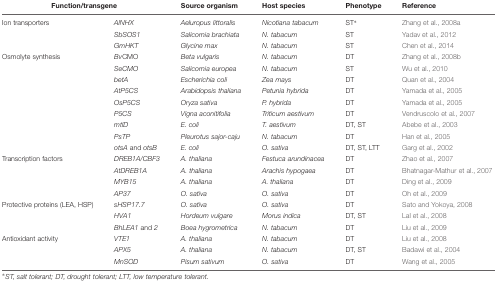
<table><thead><tr><td colspan="2"><b>Function/transgene</b></td><td><b>Source organism</b></td><td><b>Host species</b></td><td><b>Phenotype</b></td><td><b>Reference</b></td></tr></thead><tbody><tr><td>Ion transporters</td><td><i>AlNHX</i></td><td><i>Aeluropus littoralis</i></td><td><i>Nicotiana tabacum</i></td><td>ST<sup>∗</sup></td><td>Zhang et al., 2008a</td></tr><tr><td></td><td><i>SbSOS1</i></td><td><i>Salicornia brachiata</i></td><td><i>N. tabacum</i></td><td>ST</td><td>Yadav et al., 2012</td></tr><tr><td></td><td><i>GmHKT</i></td><td><i>Glycine max</i></td><td><i>N. tabacum</i></td><td>ST</td><td>Chen et al., 2014</td></tr><tr><td>Osmolyte synthesis</td><td><i>Bv</i>CMO</td><td><i>Beta vulgaris</i></td><td><i>N. tabacum</i></td><td>DT</td><td>Zhang et al., 2008b</td></tr><tr><td></td><td><i>SeCMO</i></td><td><i>Salicornia europea</i></td><td><i>N. tabacum</i></td><td>ST</td><td>Wu et al., 2010</td></tr><tr><td></td><td><i>betA</i></td><td><i>Escherichia coli</i></td><td><i>Zea mays</i></td><td>DT</td><td>Quan et al., 2004</td></tr><tr><td></td><td><i>AtP5CS</i></td><td><i>Arabidopsis thaliana</i></td><td><i>Petunia hybrida</i></td><td>DT</td><td>Yamada et al., 2005</td></tr><tr><td></td><td><i>OsP5CS</i></td><td><i>Oryza sativa</i></td><td><i>P. hybrida</i></td><td>DT</td><td>Yamada et al., 2005</td></tr><tr><td></td><td><i>P5CS</i></td><td><i>Vigna aconitifolia</i></td><td><i>Triticum aestivum</i></td><td>DT</td><td>Vendruscolo et al., 2007</td></tr><tr><td></td><td><i>mtlD</i></td><td><i>E. coli</i></td><td><i>T. aestivum</i></td><td>DT, ST</td><td>Abebe et al., 2003</td></tr><tr><td></td><td><i>PsTP</i></td><td><i>Pleurotus sajor-caju</i></td><td><i>N. tabacum</i></td><td>DT</td><td>Han et al., 2005</td></tr><tr><td></td><td><i>otsA</i> and <i>otsB</i></td><td><i>E. coli</i></td><td><i>O. sativa</i></td><td>DT, ST, LTT</td><td>Garg et al., 2002</td></tr><tr><td>Transcription factors</td><td><i>DREB1A/CBF3</i></td><td><i>A. thaliana</i></td><td><i>Festuca arundinacea</i></td><td>DT</td><td>Zhao et al., 2007</td></tr><tr><td></td><td><i>AtDREB1A</i></td><td><i>A. thaliana</i></td><td><i>Arachis hypogaea</i></td><td>DT</td><td>Bhatnagar-Mathur et al., 2007</td></tr><tr><td></td><td><i>MYB15</i></td><td><i>A. thaliana</i></td><td><i>A. thaliana</i></td><td>DT</td><td>Ding et al., 2009</td></tr><tr><td></td><td><i>AP37</i></td><td><i>O. sativa</i></td><td><i>O. sativa</i></td><td>DT</td><td>Oh et al., 2009</td></tr><tr><td>Protective proteins (LEA, HSP)</td><td><i>sHSP17.7</i></td><td><i>O. sativa</i></td><td><i>O. sativa</i></td><td>DT</td><td>Sato and Yokoya, 2008</td></tr><tr><td></td><td><i>HVA1</i></td><td><i>Hordeum vulgare</i></td><td><i>Morus indica</i></td><td>DT, ST</td><td>Lal et al., 2008</td></tr><tr><td></td><td><i>BhLEA1</i> and <i>2</i></td><td><i>Boea hygrometrica</i></td><td><i>N. tabacum</i></td><td>DT</td><td>Liu et al., 2009</td></tr><tr><td>Antioxidant activity</td><td><i>VTE1</i></td><td><i>A. thaliana</i></td><td><i>N. tabacum</i></td><td>DT</td><td>Liu et al., 2008</td></tr><tr><td></td><td><i>APX5</i></td><td><i>A. thaliana</i></td><td><i>N. tabacum</i></td><td>DT, ST</td><td>Badawi et al., 2004</td></tr><tr><td></td><td><i>MnSOD</i></td><td><i>Pisum sativum</i></td><td><i>O. sativa</i></td><td>DT</td><td>Wang et al., 2005</td></tr></tbody></table>